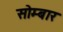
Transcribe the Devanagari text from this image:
सोम्बार